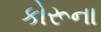
કોરૂના